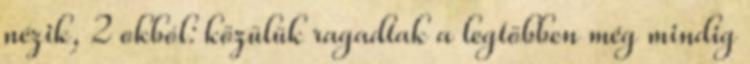
nézik, 2 okból: közülük ragadtak a legtöbben még mindig